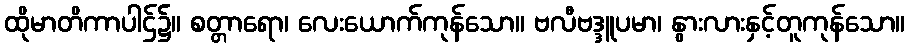
ထိုမာတိကာပါဌ်၌။ စတ္တာရော၊ လေးယောက်ကုန်သော။ ဗလီဗဒ္ဒူပမာ၊ နွားလားနှင့်တူကုန်သော။